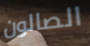
الصالون